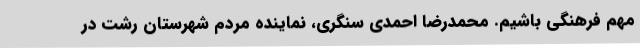
مهم فرهنگی باشیم. محمدرضا احمدی سنگری، نماینده مردم شهرستان رشت در